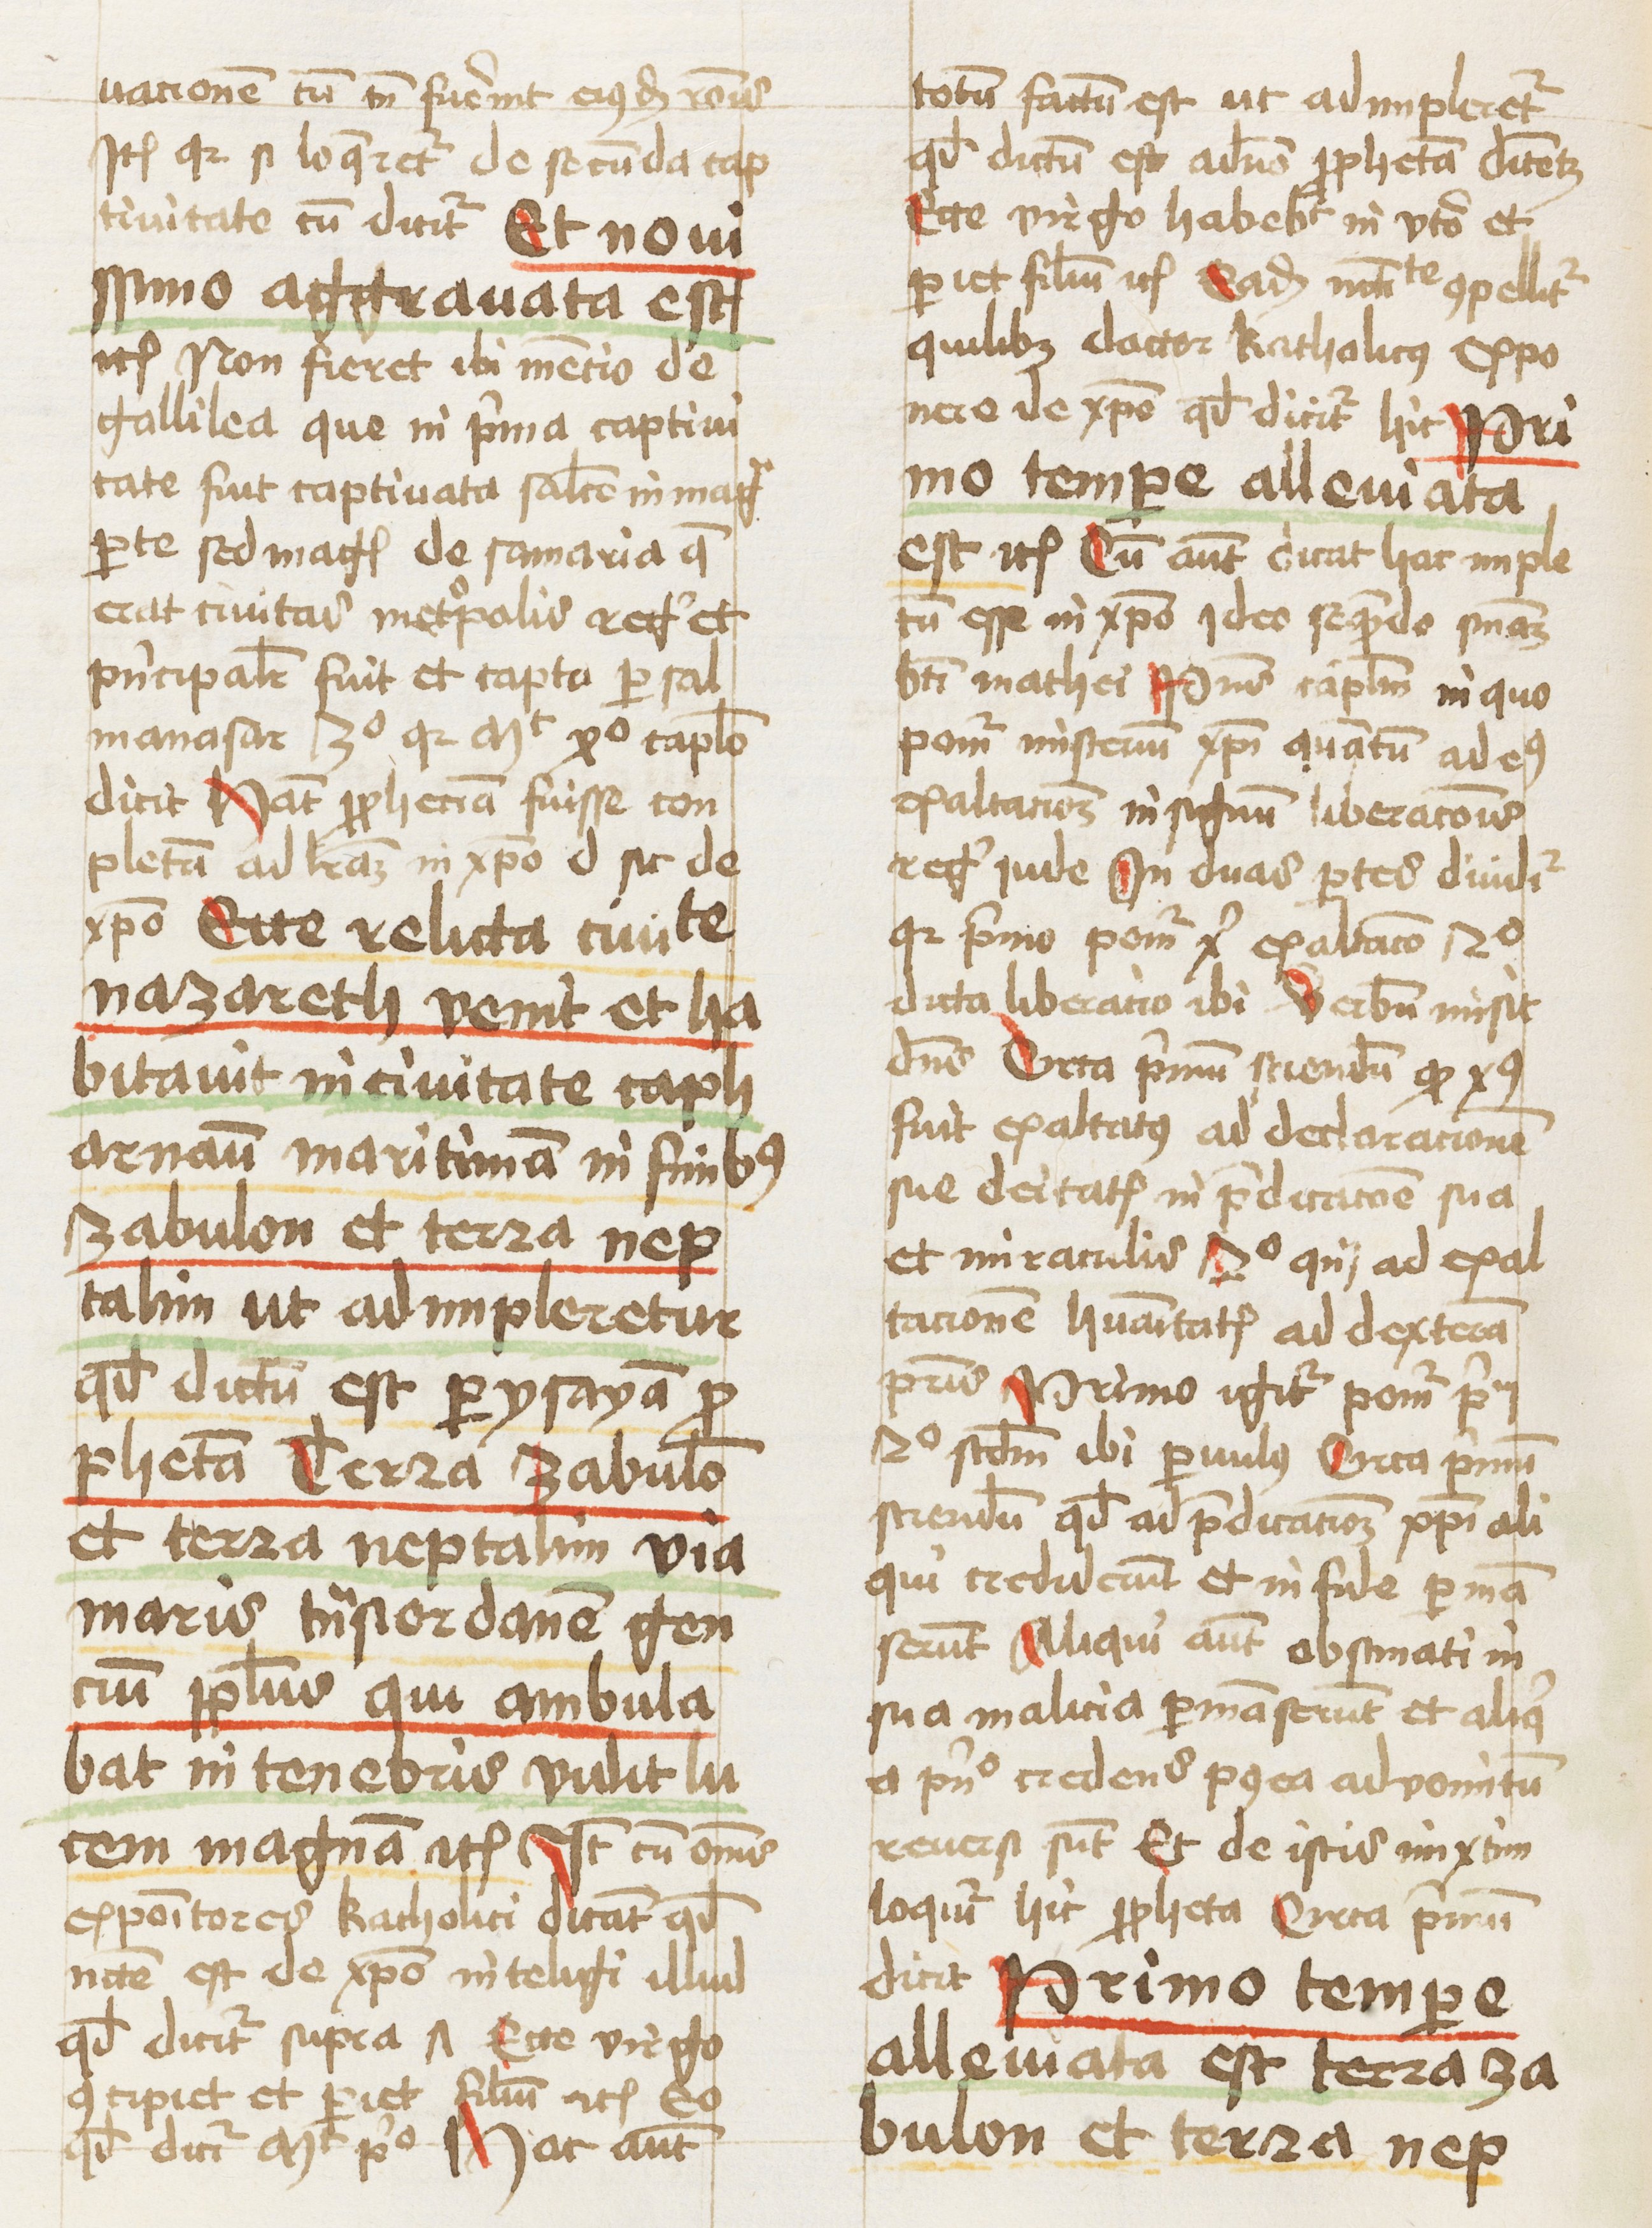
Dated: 1459–1459